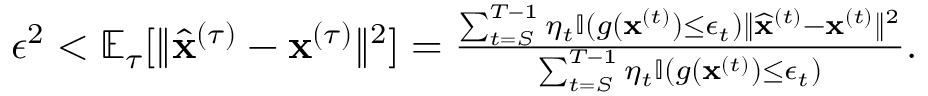
\begin{array} { r } { \epsilon ^ { 2 } < \mathbb { E } _ { \tau } [ \| \widehat { \mathbf x } ^ { ( \tau ) } - { \mathbf x } ^ { ( \tau ) } \| ^ { 2 } ] = \frac { \sum _ { t = S } ^ { T - 1 } \eta _ { t } \mathbb { I } ( g ( { \mathbf x } ^ { ( t ) } ) \leq \epsilon _ { t } ) \| \widehat { \mathbf x } ^ { ( t ) } - { \mathbf x } ^ { ( t ) } \| ^ { 2 } } { \sum _ { t = S } ^ { T - 1 } \eta _ { t } \mathbb { I } ( g ( { \mathbf x } ^ { ( t ) } ) \leq \epsilon _ { t } ) } . } \end{array}